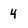
Character: 4